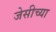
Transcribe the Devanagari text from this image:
जेसीच्या